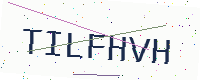
Text: TILFHVH